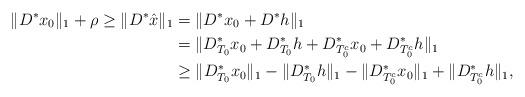
LaTeX: \begin{align*}\|D^*x_0\|_1+\rho\geq\|D^*\hat{x}\|_1&=\|D^*x_0+D^*h\|_1\\&=\|D^*_{T_0}x_0+D^*_{T_0}h+D^*_{T_0^c}x_0+D^*_{T_0^c}h\|_1\\&\geq\| D^*_{T_0}x_0\|_1-\|D^*_{T_0}h\|_1-\|D^*_{T_0^c}x_0\|_1+\|D^*_{T_0^c}h\|_1,\end{align*}